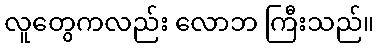
လူတွေကလည်း လောဘ ကြီးသည်။